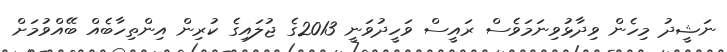
ނަޝީދު މިހެން ވިދާޅުވިނަމަވެސް ރައީސް ވަހީދުވަނީ 2013ގެ ޖުލައިގެ ކުރިން އިންތިހާބެއް ބޭއްވުމަށް